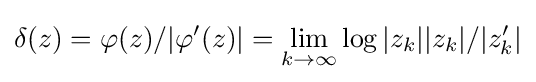
\delta (z)=\varphi (z)/|\varphi '(z)|=\lim _{k\to \infty }\log |z_{k}||z_{k}|/|z'_{k}|